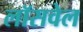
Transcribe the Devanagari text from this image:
लॉसवेल